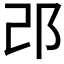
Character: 𨙬